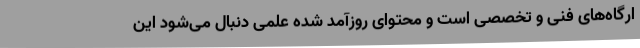
ارگاه‌های فنی و تخصصی است و محتوای روزآمد شده علمی دنبال می‌شود این